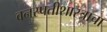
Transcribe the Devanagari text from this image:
वनस्पतीशास्त्राचा